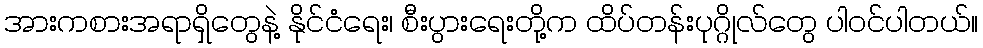
အားကစားအရာရှိတွေနဲ့ နိုင်ငံရေး၊ စီးပွားရေးတို့က ထိပ်တန်းပုဂ္ဂိုလ်တွေ ပါဝင်ပါတယ်။